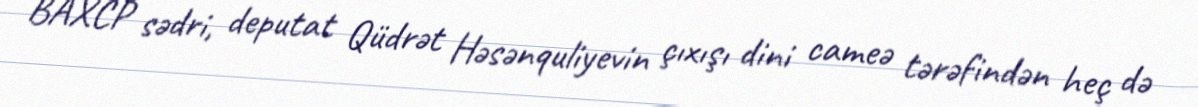
BAXCP sədri, deputat Qüdrət Həsənquliyevin çıxışı dini cameə tərəfindən heç də